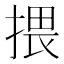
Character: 揋